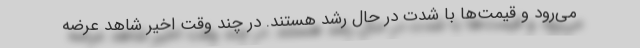
می‌رود و قیمت‌ها با شدت در حال رشد هستند. در چند وقت اخیر شاهد عرضه